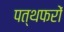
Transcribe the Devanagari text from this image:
पत्थफरों